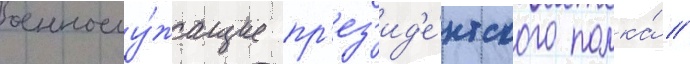
военнослу́жащие пр'ез'ид'е́нтского полка́ //